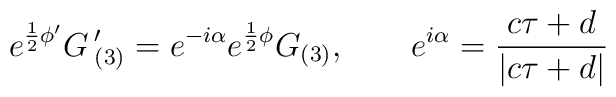
e^{\frac{1}{2}\phi'}G\,'_{(3)}=e^{-i\alpha} e^{\frac{1}{2}\phi}G_{(3)}, \qquad e^{i\alpha}=\frac{c\tau+d}{|c\tau+d|}